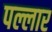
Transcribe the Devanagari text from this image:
पल्लार